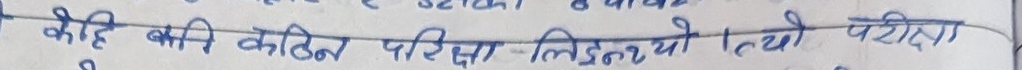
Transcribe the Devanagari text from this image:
केहि कलि कठिन परिक्षा लिइनेथ्यो तथा परिक्षा